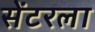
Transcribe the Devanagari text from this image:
सेंटरला